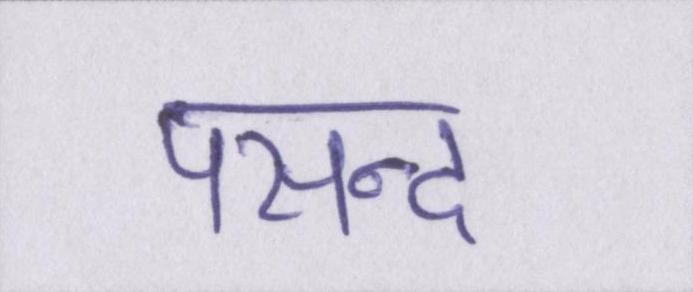
पसन्द